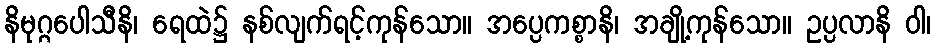
နိမုဂ္ဂပေါသီနိ၊ ရေထဲ၌ နစ်လျက်ရင့်ကုန်သော။ အပ္ပေကစ္စာနိ၊ အချို့ကုန်သော။ ဥပ္ပလာနိ ဝါ၊